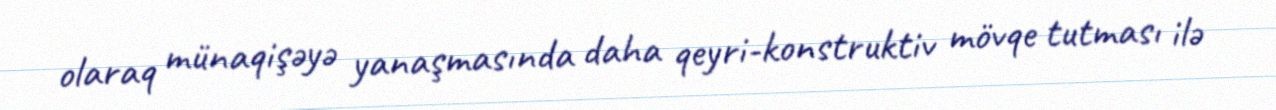
olaraq münaqişəyə yanaşmasında daha qeyri-konstruktiv mövqe tutması ilə